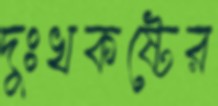
দুঃখকষ্টের